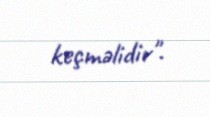
keçməlidir".